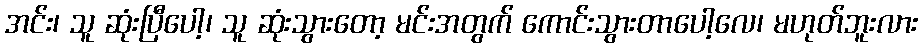
အင်း၊ သူ ဆုံးပြီပေါ့၊ သူ ဆုံးသွားတော့ မင်းအတွက် ကောင်းသွားတာပေါ့လေ၊ မဟုတ်ဘူးလား